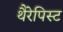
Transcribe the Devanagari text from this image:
थैरेपिस्ट